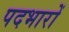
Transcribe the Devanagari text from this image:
पदभारों